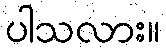
ပါသလား။